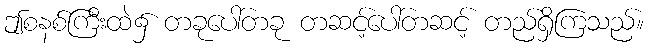
ဤစနစ်ကြီးထဲ၌ တခုပေါ်တခု တဆင့်ပေါ်တဆင့် တည်ရှိကြသည်။